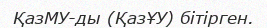
ҚазМУ-ды (ҚазҰУ) бітірген.